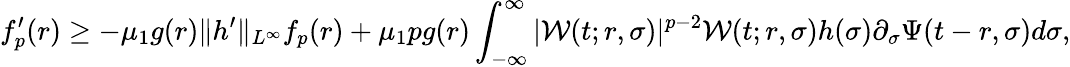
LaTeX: f_{p}^{\prime}(r)\geq-\mu_{1}g(r)\| h^{\prime}\| _{L^{\infty}}f_{p}(r)+\mu_{1}pg(r)\int_{-\infty}^{\infty}|\mathcal{W}(t;r,\sigma)|^{p-2}\mathcal{W}(t;r,\sigma)h(\sigma)\partial_{\sigma}\Psi(t-r,\sigma)d\sigma,